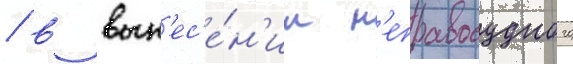
/ в вын'ес'е́н'ии н'еправосудного